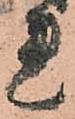
れ